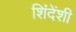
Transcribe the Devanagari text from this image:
शिंदेंशी